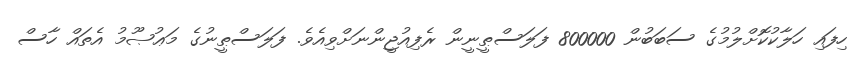
ހިފައި ހަލާކުކޮށްލުމުގެ ސަބަބުން 800000 ފަލަސްޠީނީން ރެފިއުޖީންނަށްވިއެވެ. ފަލަސްޠީނުގެ މަޢުޞޫމު އެތައް ހާސް